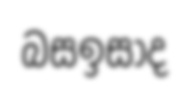
බසඉසාද